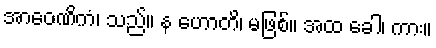
အာဝေဏိကံ၊ သည်။ န ဟောတိ၊ မဖြစ်။ အထ ခေါ၊ ကား။